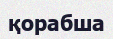
қорабша